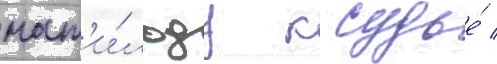
мат'и́льду к судье́ /